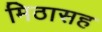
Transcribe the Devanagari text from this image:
मिठासह